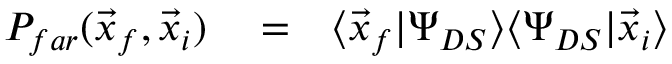
\begin{array} { r l r } { P _ { f a r } ( \vec { x } _ { f } , \vec { x } _ { i } ) } & { { } = } & { \langle \vec { x } _ { f } | \Psi _ { D S } \rangle \langle \Psi _ { D S } | \vec { x } _ { i } \rangle } \end{array}